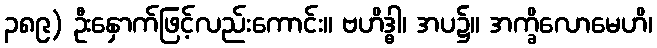
၃၈၉) ဦးနှောက်ဖြင့်လည်းကောင်း။ ဗဟိဒ္ဓါ၊ အပ၌။ အက္ခိလောမေဟိ၊